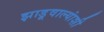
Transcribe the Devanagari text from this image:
झाडूवाल्यांशी